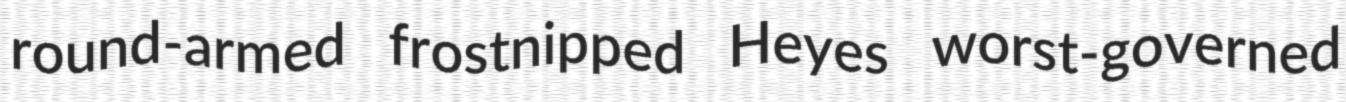
round-armed frostnipped Heyes worst-governed